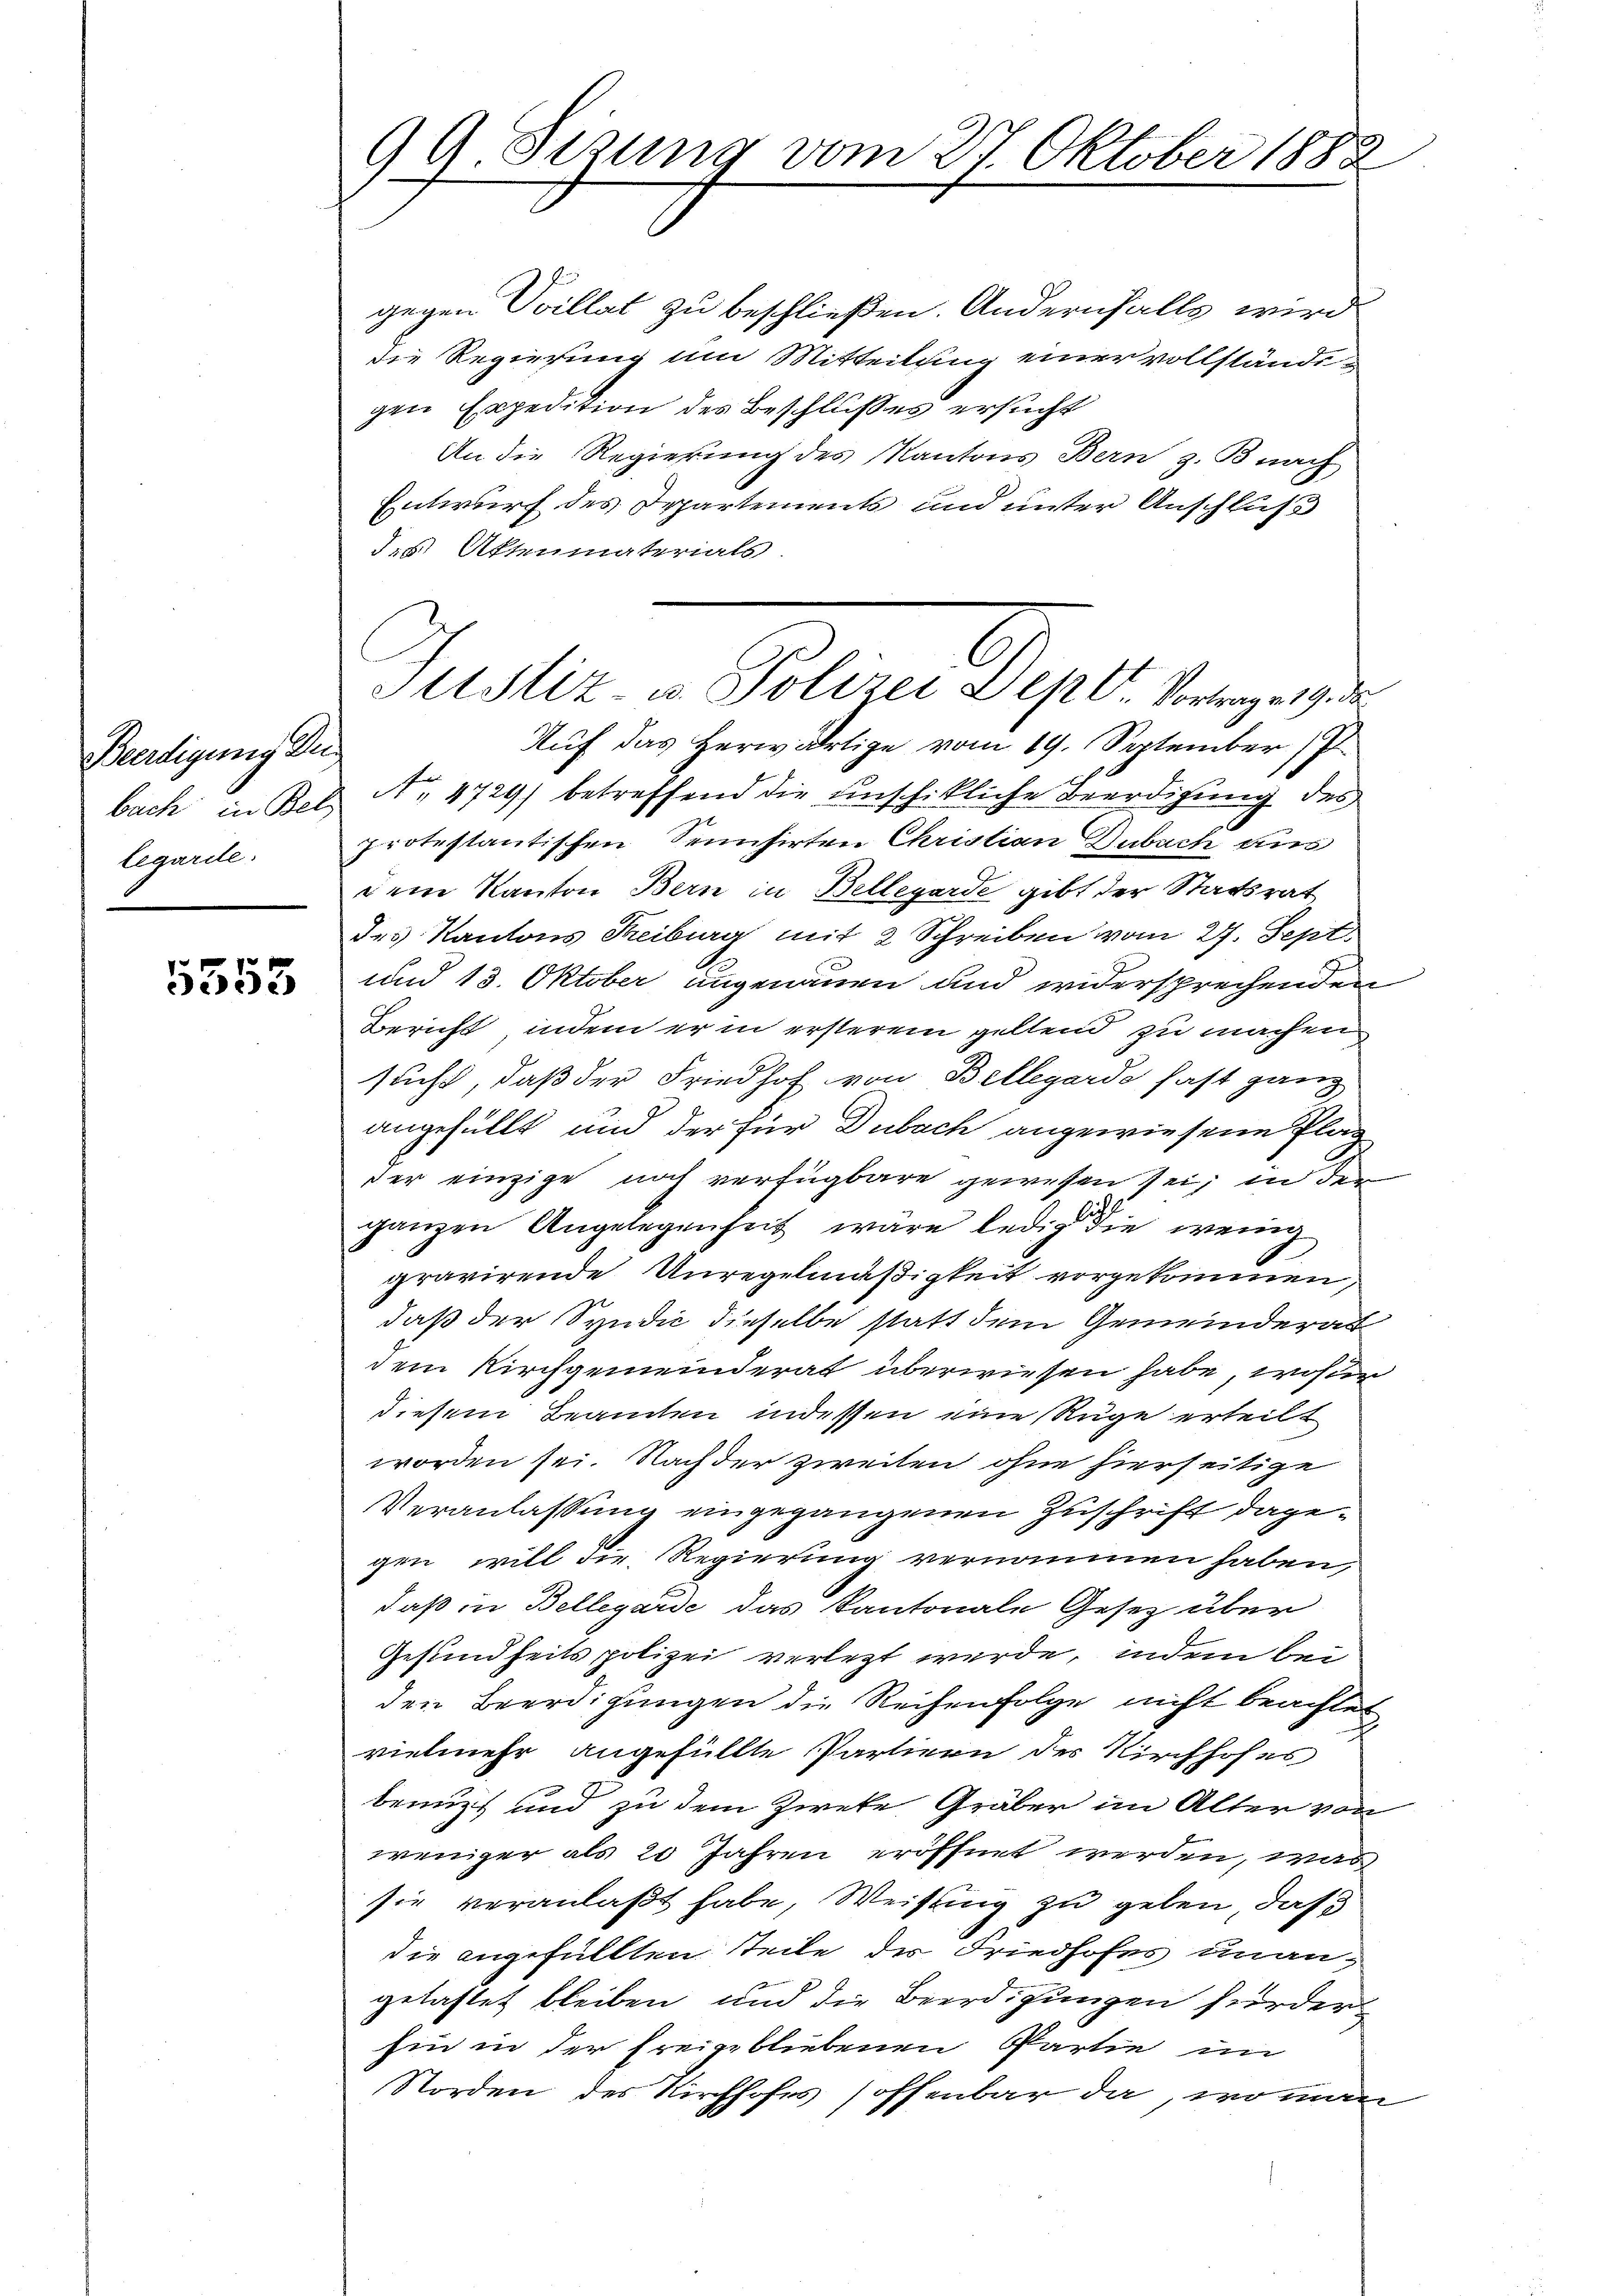
Berdigung de
legarde:

5353

99. Sezung vom 27. Oktober 1888

gegen Villat zu beschließen. Andernfalls wird
die Regierung um Mitteilung einer vollständegen Expedition des Beschlußes ersucht
An die Regierung des Kantons Bern z. B. nach
Entwurf des Departements und unter Anschluß
des Aktenmaterials
Auf das herwärtige vom 19. September (P
bach in Bel A. 4729) betreffend die unschikliche Beerdigung des
protestantischen Sensirten Christian Dubach aus
dem Kanton Bern in Bellegarde gibt der Statsrat
des Kantons Freiburg mit 2 Schreiben vom 27. Sept.
und 13. Oktober angenauen und widersprechenden
Bericht, indem er in ersterem geltend zu machen
sucht, daß der Friedhof von Bellegarde fast ganz
angefüllt und der für Dubach angewiesene Plag
der einzige noch verfügbare gewesen sei, in der
ganzen Angelegenheit wäre ledig die wenig
gravirende Unregelmäßigkeit vorgekommen,
daß der Syndic dieselbe statt dem Gemeinderat
dem Kirchgemeinderat überwiesen habe, wofür
diesem Beamten indessen eine Rüge erteilt
worden sei. Nach der zweiten ohne hierseitige
Veranlassung eingegangenen Zuschrift dagegen, will die Regierung vernommen haben,
daß in Bellegarde das Kantonale Gesetz über
Gesundheits polizei verletzt werde, indem bei
den Beerdigungen die Reihenfolge nicht beachtet
vielmehr angefüllte Partiern der Kirchhofes
benuzt und zu dem Zweke Gräber im Alter von
weniger als 20 Jahren eröffnet werden, was
sie veranlaßt habe, Weisung zu geben, daß
die angefüllten Teile der Friedhofes unangelastet bleiben und die Beerdigungen fürder
Ein in der freigebliebenen Partie im
Norden des Kirchhofes offenbar da, wo man

IttStiz- u. Polizei Depl. Vortrage 19. de